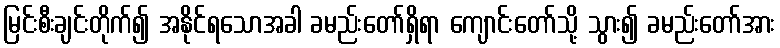
မြင်းစီးချင်းတိုက်၍ အနိုင်ရသောအခါ ခမည်းတော်ရှိရာ ကျောင်းတော်သို့ သွား၍ ခမည်းတော်အား